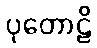
ပုတောဠိ